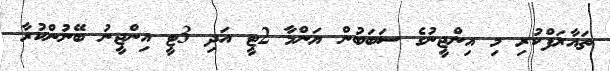
ތައާރަފްކުރި މި އިންޖީނުގެ ސަބަބުން ޔަންމާ 2ޓީ އަދި 3ޓީ އިންޖީނު ބޭނުންކުރާ